Scottish Leaving Certificate Examination, 1960
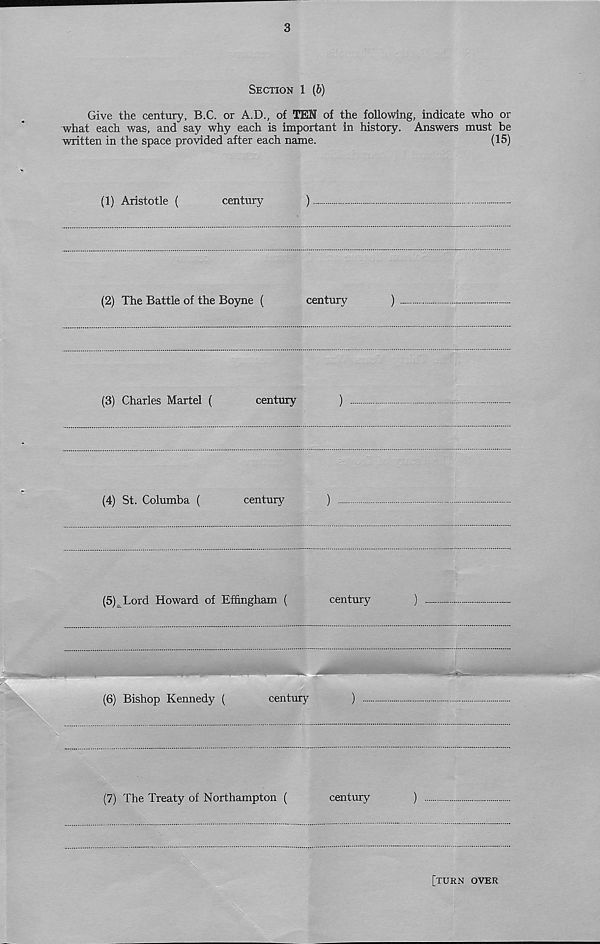
3
Section 1 (6)
Give the century, B.C. or A.D., of TEN of the following, indicate who or
what each was, and say why each is important in history. Answers must be
written in the space provided after each name.
(15)
(1) Aristotle (
century
)
(2) The Battle of the Boyne (
century
)
(3) Charles Martel (
century
)
(4) St. Columba (
century
)
(5) Lord Howard of Effingham (
century
)
(6) Bishop Kennedy (
century
)
(7) The Treaty of Northampton (
century
)
[turn over